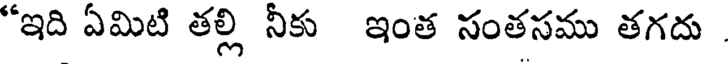
"ఇది ఏమిటి తల్లి నీకు ఇంత సంతసము తగదు